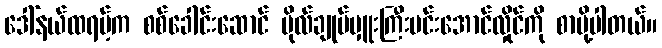
ဒေါ်နယ်ထရမ့်က စစ်ခေါင်းဆောင် ဗိုလ်ချုပ်မှူးကြီးမင်းအောင်လှိုင်ကို စာပို့ပါတယ်။